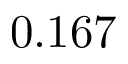
0 . 1 6 7